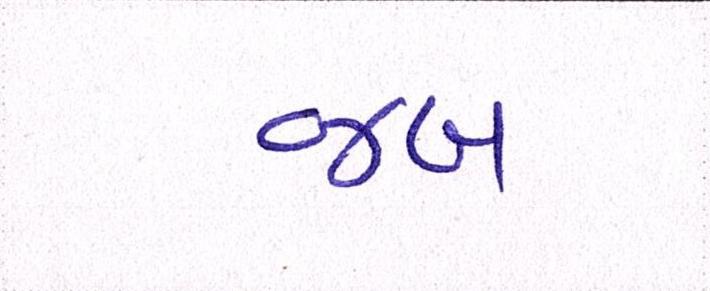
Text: જબ